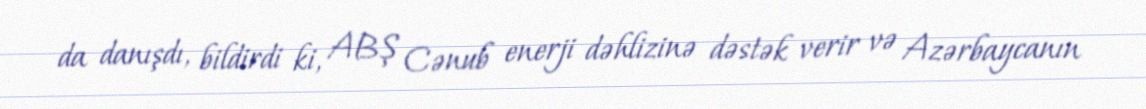
da danışdı, bildirdi ki, ABŞ Cənub enerji dəhlizinə dəstək verir və Azərbaycanın